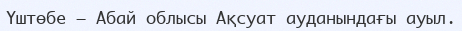
Үштөбе – Абай облысы Ақсуат ауданындағы ауыл.